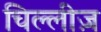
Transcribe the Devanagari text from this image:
चिल्लीज़